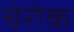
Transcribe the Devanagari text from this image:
चेरोक